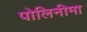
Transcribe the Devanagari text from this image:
पोलिनीमा